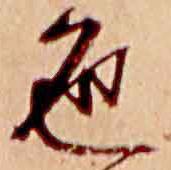
色